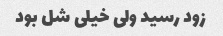
زود رسید ولی خیلی شل بود